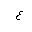
Letter: _ayn